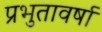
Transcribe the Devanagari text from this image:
प्रभुतावर्षा